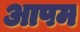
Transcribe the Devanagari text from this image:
आपम